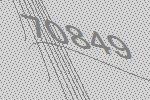
70849